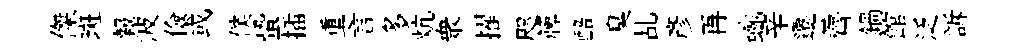
傑斑報波儉或僕蛩插重言多炕衆擢咫簰醅臭乩彥再蜿辛遷薺鍋館泛訴